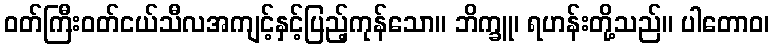
ဝတ်ကြီးဝတ်ငယ်သီလအကျင့်နှင့်ပြည့်ကုန်သော။ ဘိက္ခူ၊ ရဟန်းတို့သည်။ ပါတောဝ၊